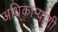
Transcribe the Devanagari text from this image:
अधिकार्‍यांशी